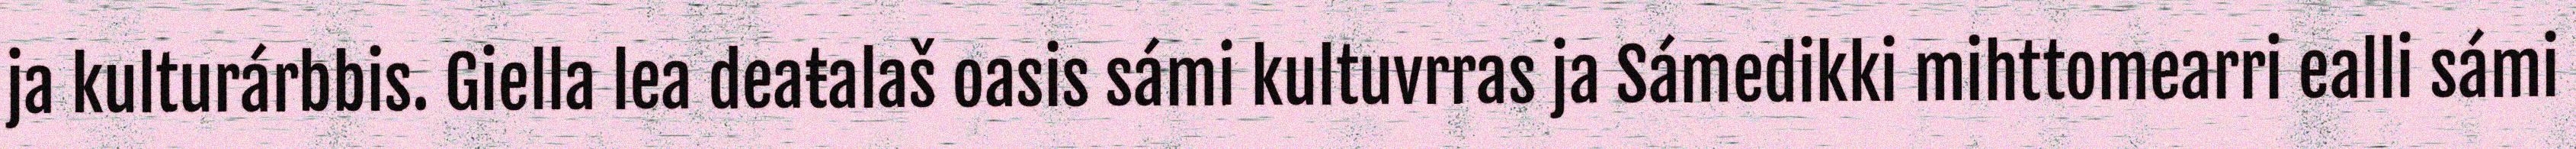
ja kulturárbbis. Giella lea deaŧalaš oasis sámi kultuvrras ja Sámedikki mihttomearri ealli sámi